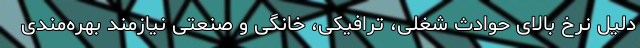
دلیل نرخ بالای حوادث شغلی، ترافیکی، خانگی و صنعتی نیازمند بهره‌­مندی